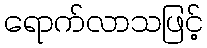
ရောက်လာသဖြင့်